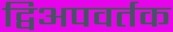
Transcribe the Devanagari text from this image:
द्विअपवर्तक